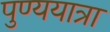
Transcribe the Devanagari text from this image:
पुण्ययात्रा